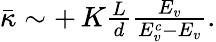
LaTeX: \begin{array}{r}{\bar{\kappa}\sim+\, K\frac{L}{d}\frac{E_{v}}{E_{v}^{c}-E_{v}}.}\end{array}